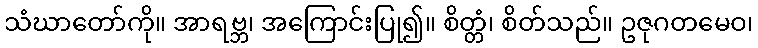
သံဃာတော်ကို။ အာရဗ္ဘ၊ အကြောင်းပြု၍။ စိတ္တံ၊ စိတ်သည်။ ဥဇုဂတမေဝ၊